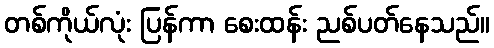
တစ်ကိုယ်လုံး ပြန်ကာ စေးထန်း ညစ်ပတ်နေသည်။